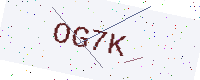
Text: OG7K